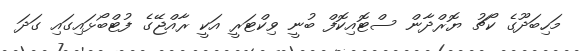
މަހިބަދޫގެ ކޯޗު ޔޮރްދާން ސްޓޮއިކޮފް ބުނީ ވިކްޓަރީ އަކީ ރާއްޖޭގެ ފުޓްބޯޅައިގައި ގަދަ